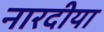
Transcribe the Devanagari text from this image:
नारदीया